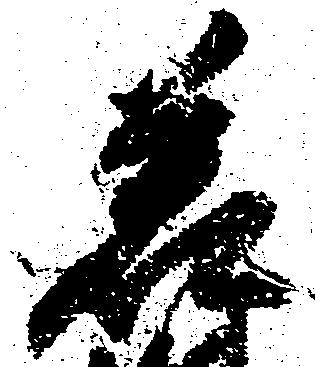
若